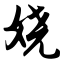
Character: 娆